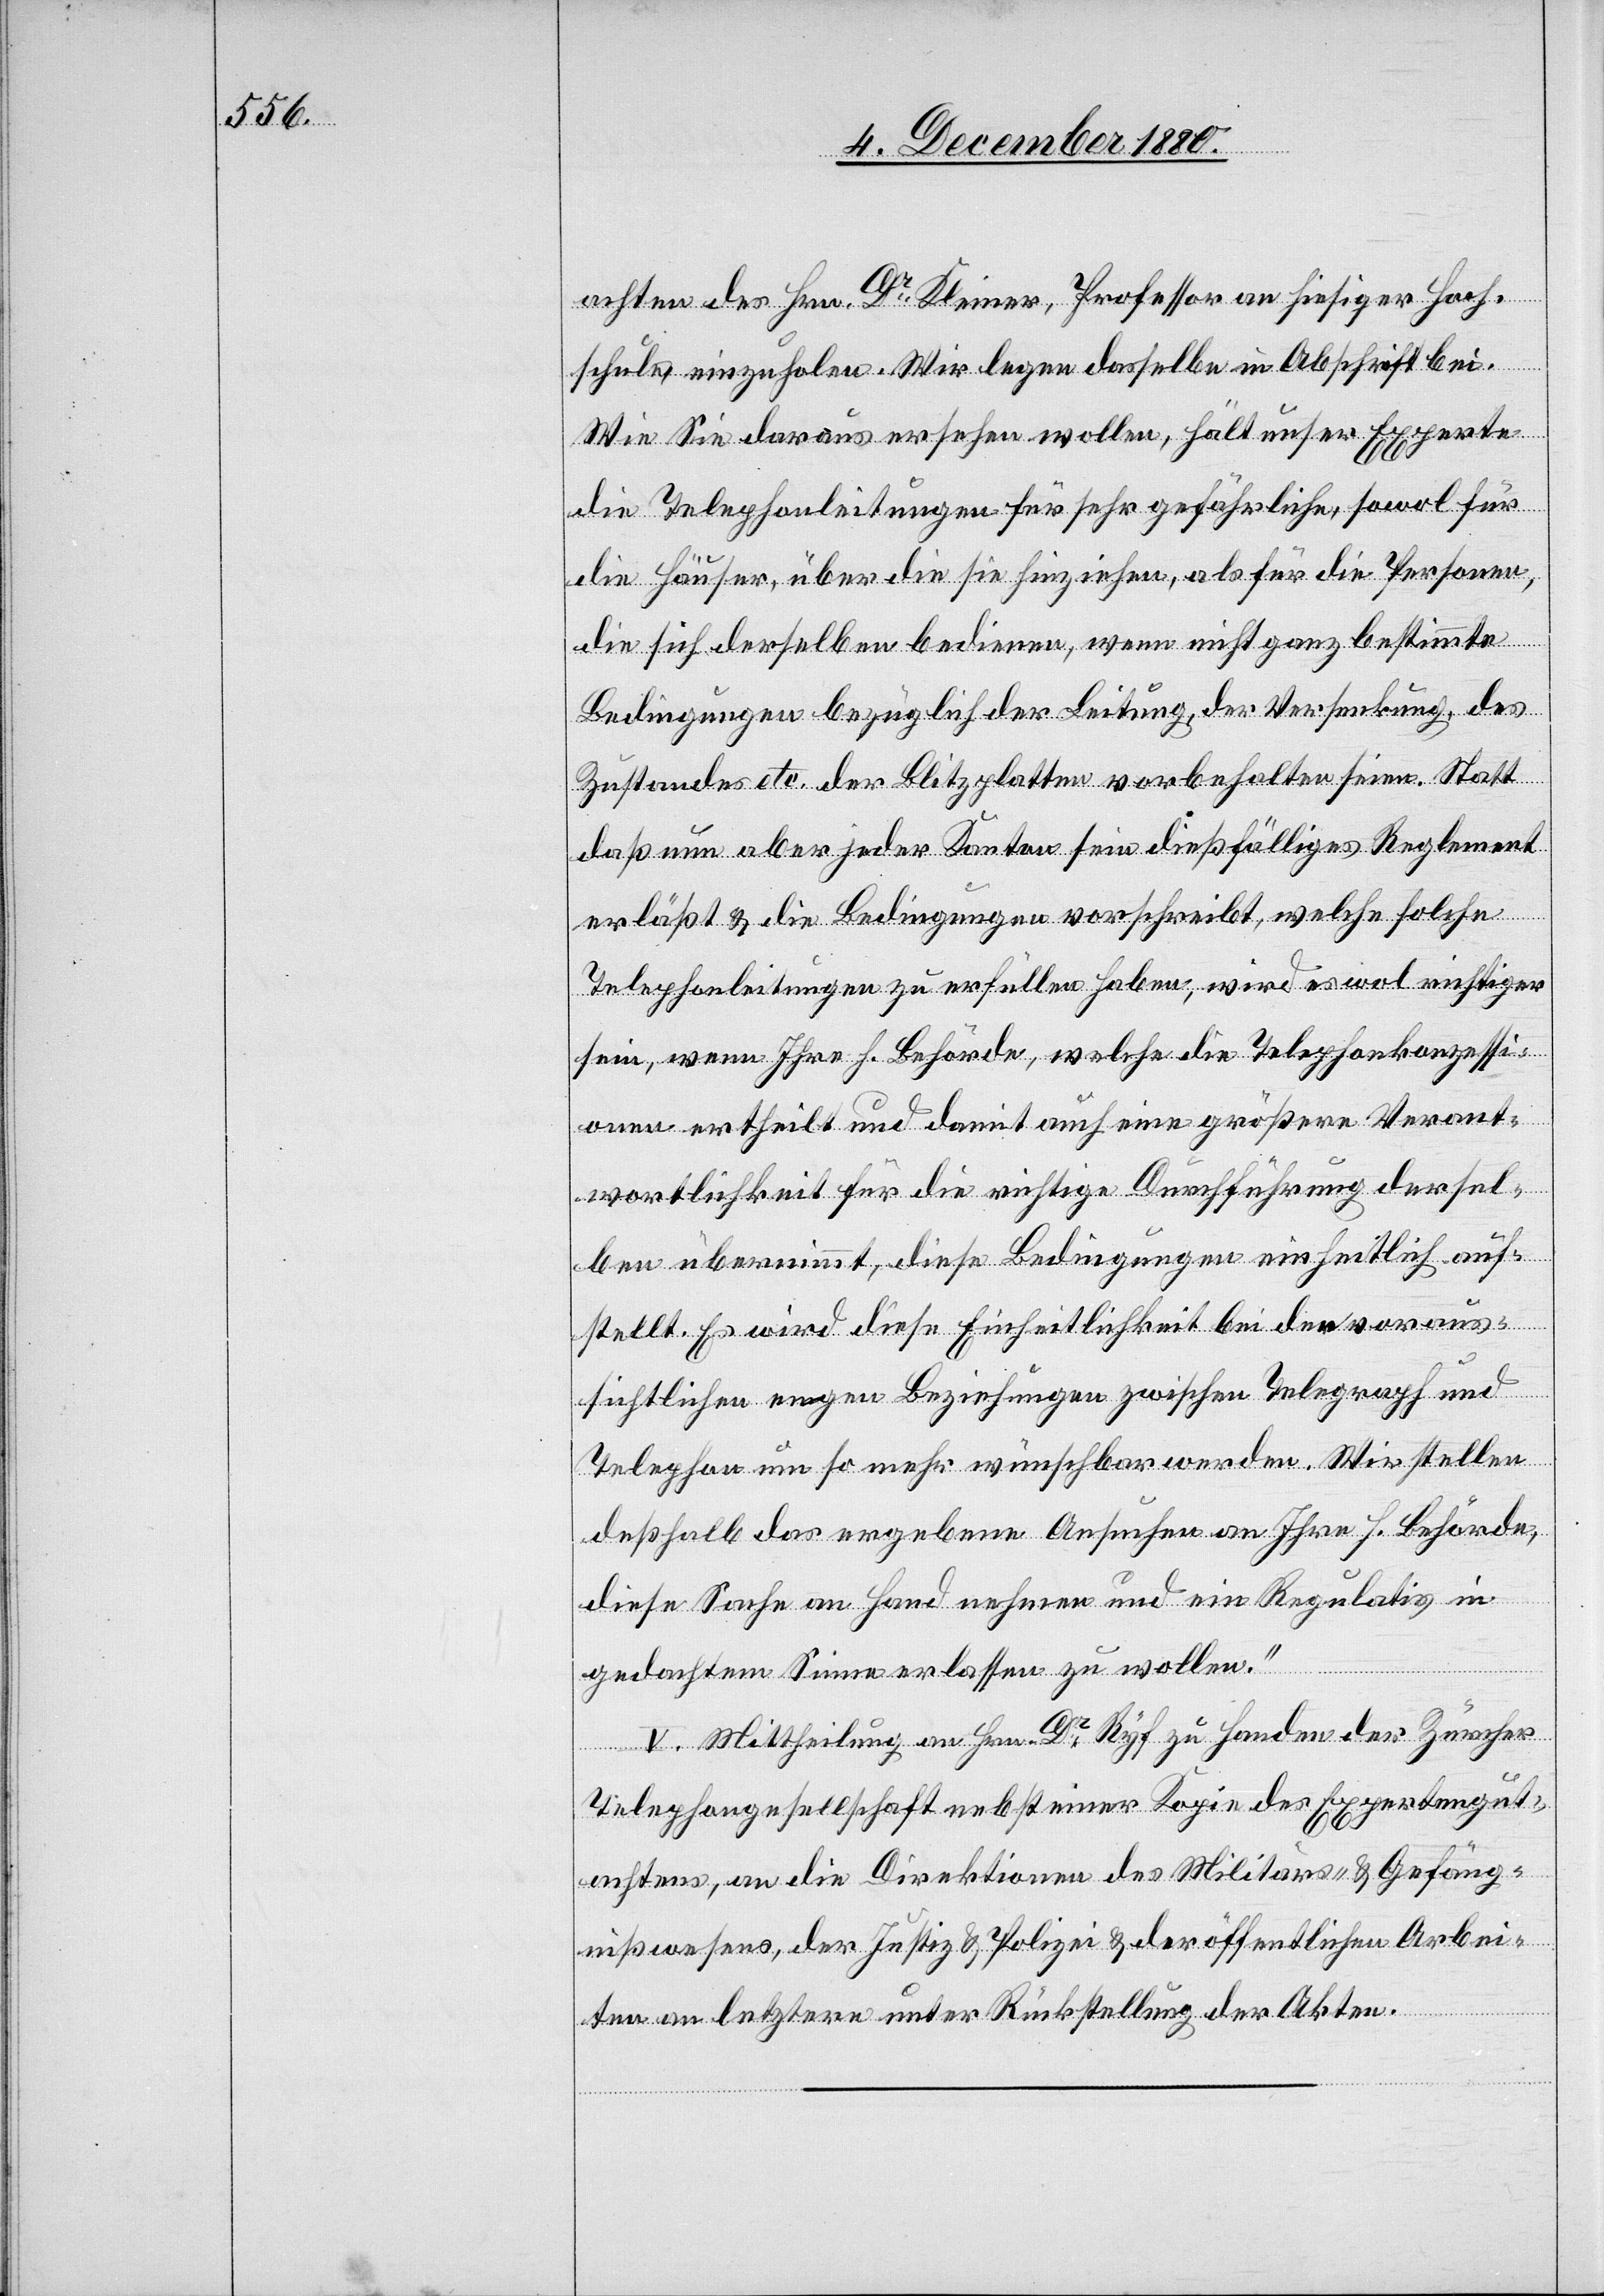
achten des Hrn. Dr Kleiner, Professor an hiesiger Hoch¬
schule einzuholen. Wir legen dasselbe in Abschrift bei.
Wie Sie daraus ersehen wollen, hält unser Experte
die Telephonleitungen für sehr gefährliche, sowol für
die Häuser, über die sie hinziehen, als für die Personen,
die sich derselben bedienen, wenn nicht ganz bestimmte
Bedingungen bezüglich der Leitung, der Versenkung, des
Zustandes etc. der Blitzplatten vorbehalten seien. Statt
daß nun aber jeder Kanton sein dießfälliges Reglement
erläßt & die Bedingungen vorschreibt, welche solche
Telephonleitungen zu erfüllen haben, wird es wol richtiger
sein, wenn Ihre h. Behörde, welche die Telehponkonzessi¬
onen ertheilt und damit auch eine größere Verant¬
wortlichkeit für die richtige Durchführung dersel¬
ben übernimmt, diese Bedingungen einheitlich auf¬
stellt. Es wird diese Einheitlichkeit bei der voraus¬
sichtlichen engen Beziehungen zwischen Telegraph und
Telephon um so mehr wünschbar werden. Wir stellen
deßhalb das ergebene Ansuchen an Ihre h. Behörde,
diese Sache an Hand nehmen und ein Regulativ in
gedachtem Sinne erlassen zu wollen.“
V. Mittheilung an Hrn. Dr Ryf zu Handen der Zürcher
Telephongesellschaft nebst einer Kopie des Expertengut¬
achtens, an die Direktionen des Militärs- & Gefäng¬
nißwesens, der Justiz & Polizei & der öffentlichen Arbei¬
ten an letztere unter Rückstellung der Akten.